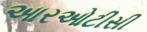
આરઓટીસી